Indian journal of veterinary science and animal husbandry - Volumes 15-17, 1948-1951
Year: 1948
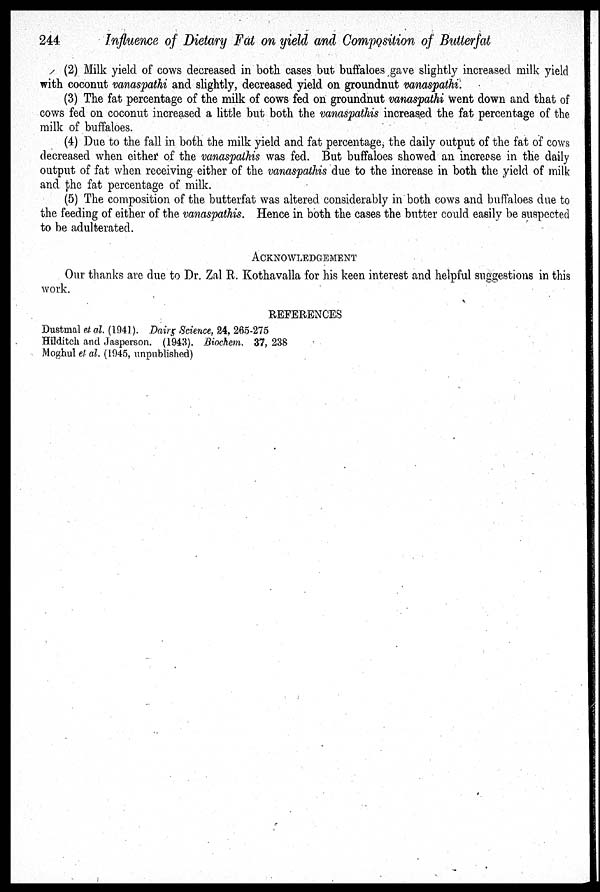
244
Influence of Dietary Fat on yield and Composition of Butterfat
(2) Milk yield of cows decreased in both cases but buffaloes gave slightly increased milk yield
with coconut vanaspathi and slightly, decreased yield on groundnut vanaspathi.
(3) The fat percentage of the milk of cows fed on groundnut vanaspathi went down and that of
cows fed on coconut increased a little but both the vanaspathis increased the fat percentage of the
milk of buffaloes.
(4) Due to the fall in both the milk yield and fat percentage, the daily output of the fat of cows
decreased when either of the vanaspathis was fed. But buffaloes showed an increase in the daily
output of fat when receiving either of the vanaspathis due to the increase in both the yield of milk
and the fat percentage of milk.
(5) The composition of the butterfat was altered considerably in both cows and buffaloes due to
the feeding of either of the vanaspathis. Hence in both the cases the butter could easily be suspected
to be adulterated.
ACKNOWLEDGEMENT
Our thanks are due to Dr. Zal R. Kothavalla for his keen interest and helpful suggestions in this
work.
REFERENCES
Dustmal et al. (1941). Dairy Science, 24, 265-275
Hilditch and Jasperson. (1943). Biochem. 37, 238
Moghul el al. (1945, unpublished)